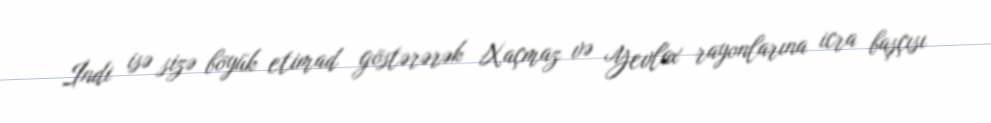
İndi isə sizə böyük etimad göstərərək Xaçmaz və Yevlax rayonlarına icra başçısı